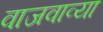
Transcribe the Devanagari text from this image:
वाजवाव्या